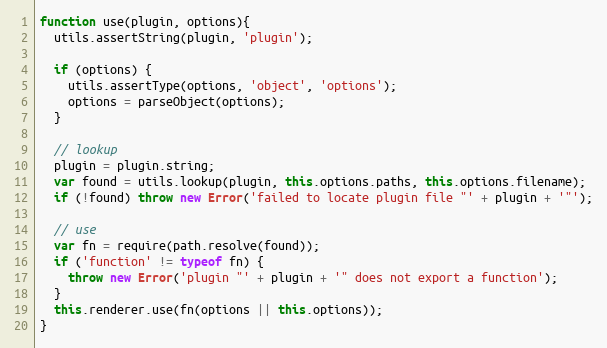
Language: JavaScript
function use(plugin, options){
  utils.assertString(plugin, 'plugin');

  if (options) {
    utils.assertType(options, 'object', 'options');
    options = parseObject(options);
  }

  // lookup
  plugin = plugin.string;
  var found = utils.lookup(plugin, this.options.paths, this.options.filename);
  if (!found) throw new Error('failed to locate plugin file "' + plugin + '"');

  // use
  var fn = require(path.resolve(found));
  if ('function' != typeof fn) {
    throw new Error('plugin "' + plugin + '" does not export a function');
  }
  this.renderer.use(fn(options || this.options));
}